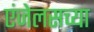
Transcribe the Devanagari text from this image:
एंजेलसच्या